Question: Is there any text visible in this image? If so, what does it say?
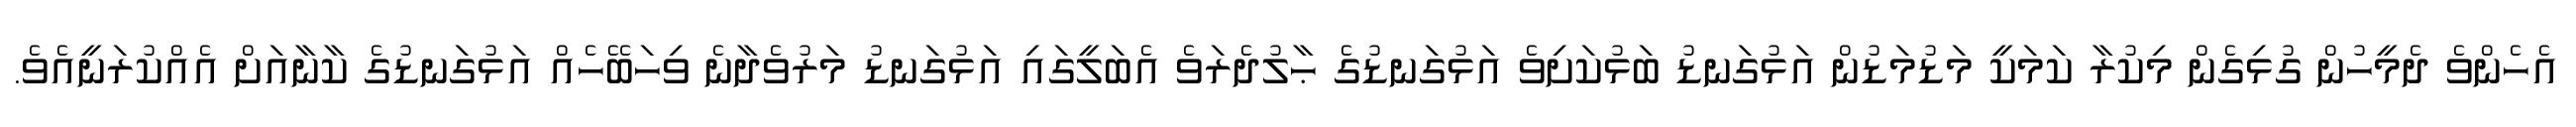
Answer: އެހެންވެ ދެމީހުން ގުޅިގެން މިކުރާ ކަމަކީ މަޑުމަޑުން އަޅުގަނޑު ބަޅުކަށިވެ އަޅުގަނޑުގެ ޙާލުދެރަވެ އެބަލީގައި އަޅުގަނޑު މަރުވެދާނެ ވިހަބޭހެއް އަޅުގަނޑުގެ ކާނާއަށް އެއްކުރަނީއެވެ.